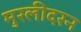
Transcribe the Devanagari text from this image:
मुरलीदरन